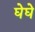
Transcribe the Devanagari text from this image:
घेघे